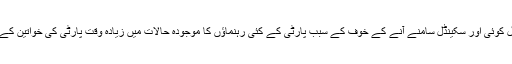
ذرائع نے بتایا کہ انتخابات سے قبل کوئی اور سکینڈل سامنے آنے کے خوف کے سبب پارٹی کے کئی رہنماﺅں کا موجودہ حالات میں زیادہ وقت پارٹی کی خواتین کے ساتھ رابطوں میں صرف ہوتا ہے۔